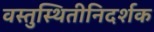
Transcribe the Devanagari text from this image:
वस्तुस्थितीनिदर्शक